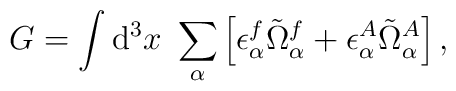
G=\int{\rm d}^{3}x~\sum_\alpha\left[\epsilon_\alpha^f \tilde{\Omega}_\alpha^f +\epsilon_\alpha^A \tilde{\Omega}_\alpha^A\right],